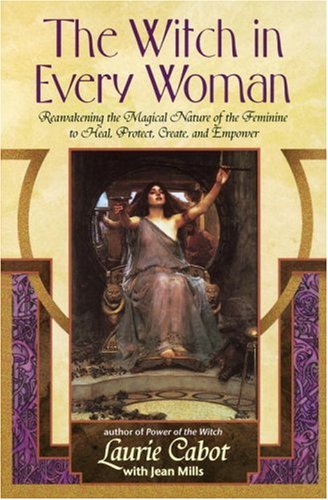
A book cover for The Witch in Every Woman: Reawakening the Magical Nature of the Feminine to Heal, Protect, Create, and Empower; Laurie Cabot; Religion & Spirituality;